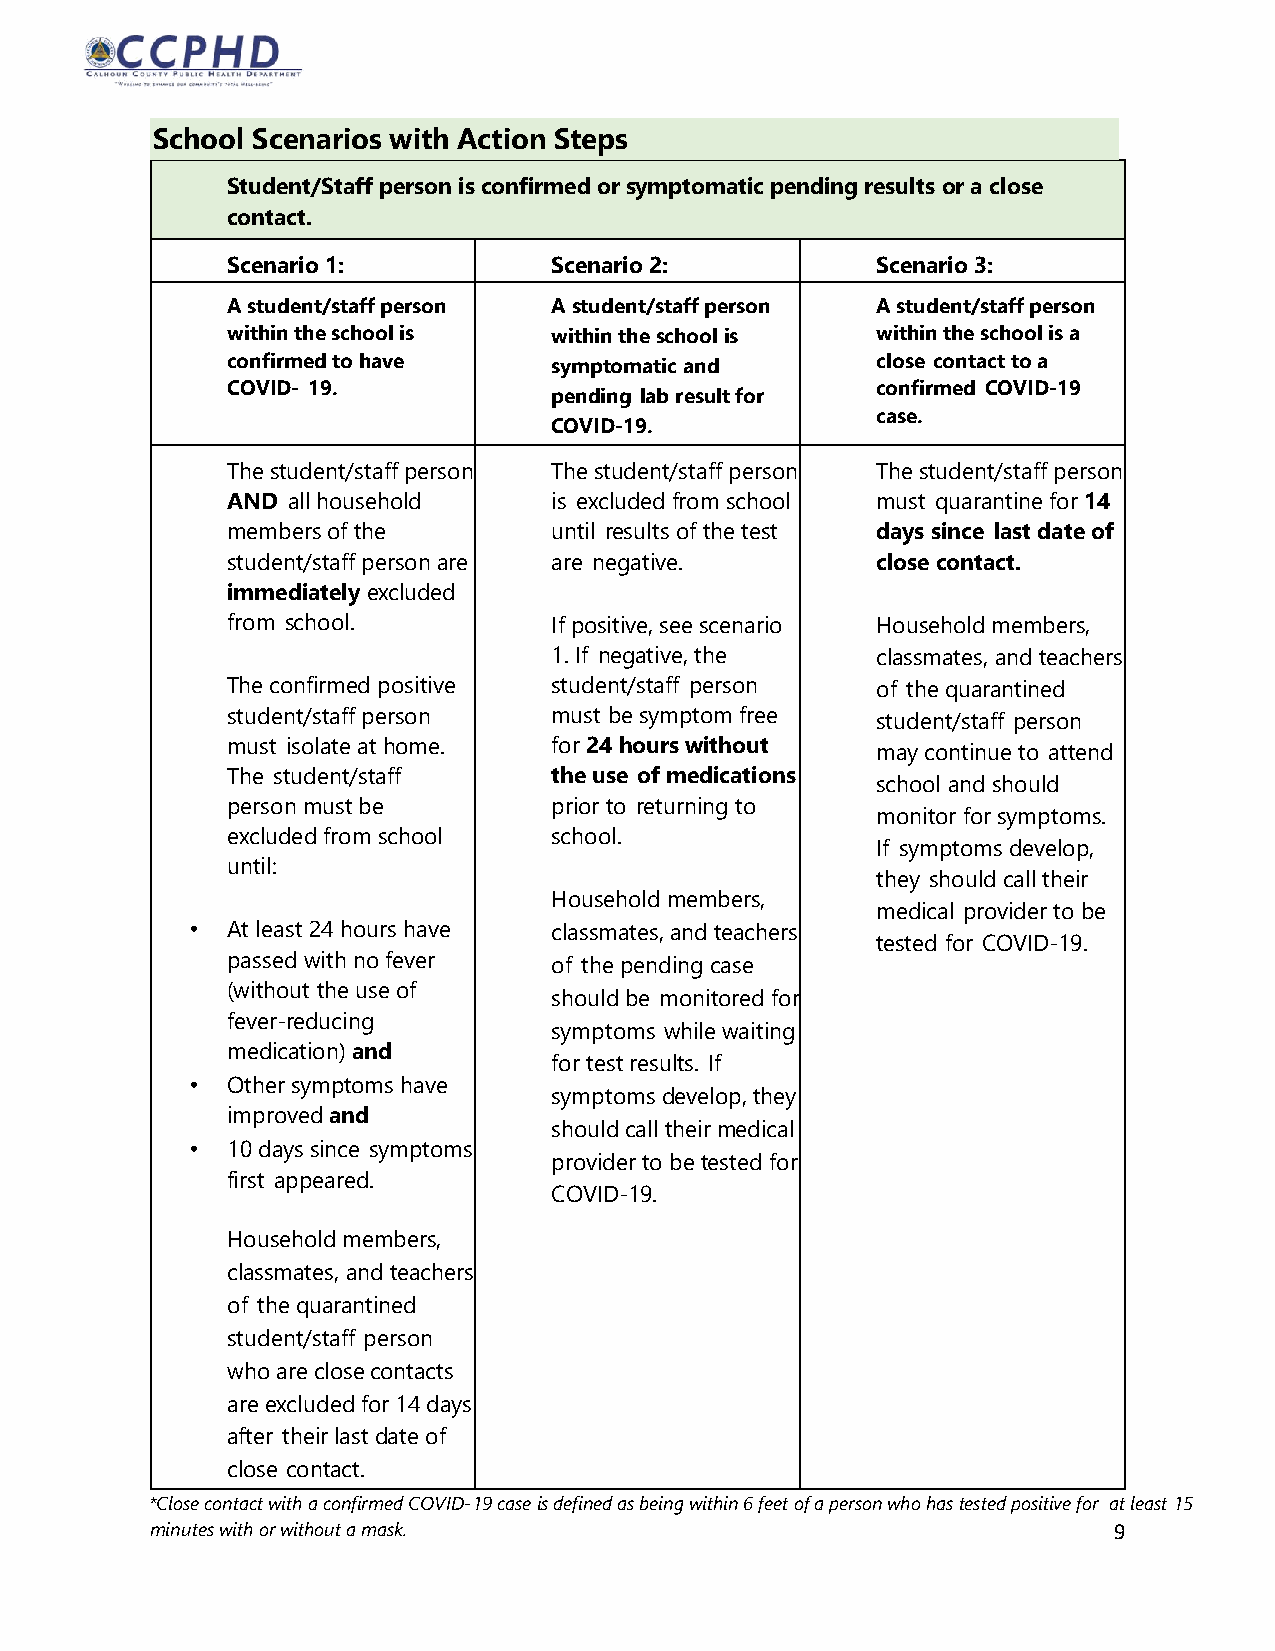
School Scenarios with Action Steps
 Student/Staff person is confirmed or symptomatic pending results or a close
 contact.
 Scenario 1:           Scenario 2:          Scenario 3:
 A student/staff person A student/staff person A student/staff person
 within the school is  within the school is within the school is a
 confirmed to have     symptomatic and      close contact to a
 COVID- 19.                                 confirmed COVID-19
 pending lab result for
 case.
 COVID-19.
 The student/staff person The student/staff person The student/staff person
 AND all household     is excluded from school must quarantine for 14
 members of the        until results of the test days since last date of
 student/staff person are are negative.     close contact.
 immediately excluded
 from school.          If positive, see scenario Household members,
 1. If negative, the  classmates, and teachers
 The confirmed positive student/staff person of the quarantined
 student/staff person  must be symptom free student/staff person
 must isolate at home. for 24 hours without
 may continue to attend
 The student/staff     the use of medications
 school and should
 person must be        prior to returning to
 monitor for symptoms.
 excluded from school  school.
 If symptoms develop,
 until:
 they should call their
 Household members,
 medical provider to be
 • At least 24 hours have classmates, and teachers
 tested for COVID-19.
 passed with no fever  of the pending case
 (without the use of
 should be monitored for
 fever-reducing
 symptoms while waiting
 medication) and
 for test results. If
 • Other symptoms have
 symptoms develop, they
 improved and
 should call their medical
 • 10 days since symptoms
 provider to be tested for
 first appeared.
 COVID-19.
 Household members,
 classmates, and teachers
 of the quarantined
 student/staff person
 who are close contacts
 are excluded for 14 days
 after their last date of
 close contact.
 *Close contact with a confirmed COVID-19 case is defined as being within 6 feet of a person who has tested positive for at least 15
 minutes with or without a mask.                                 9